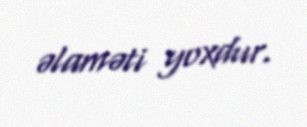
əlaməti yoxdur.